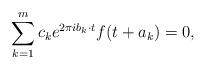
LaTeX: \begin{align*} \sum_{k=1}^m c_k e^{2\pi i b_k \cdot t} f( t + a_k) = 0,\end{align*}